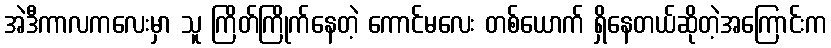
အဲဒီကာလကလေးမှာ သူ ကြိတ်ကြိုက်နေတဲ့ ကောင်မလေး တစ်ယောက် ရှိနေတယ်ဆိုတဲ့အကြောင်းက